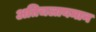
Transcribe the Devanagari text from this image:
अतिचलायमान